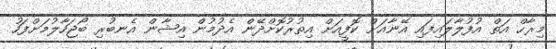
މިރާހް އަތް އުފުލާލައިފައި އޭނާއަށް ކޮފީއަށް އިތުރުކޮށްދޭން އެދުމުން އިޝާން އެނބުރި ބޯޖަހާލުމަށްފަހު